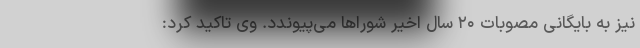
نیز به بایگانی مصوبات ۲۰ سال اخیر شوراها می‌پیوندد. وی تاکید کرد: